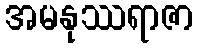
အမနုဿရာဇာ